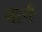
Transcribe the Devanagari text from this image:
वार्ग